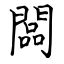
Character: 闆